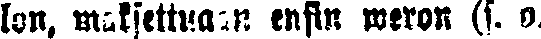
lon, maksettawa ensin weron (s. o.